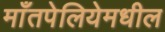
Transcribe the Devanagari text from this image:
माँतपेलियेमधील